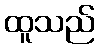
ထူသည်